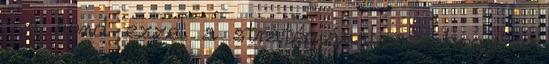
. A gond ezzel a stratégiával az, hogy a